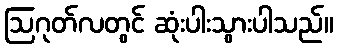
ဩဂုတ်လတွင် ဆုံးပါးသွားပါသည်။